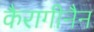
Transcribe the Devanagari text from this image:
कैरागीनैन